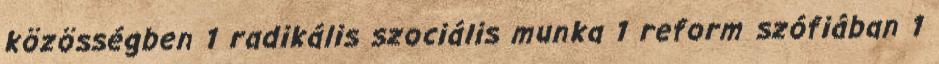
közösségben 1 radikális szociális munka 1 reform szófiában 1